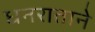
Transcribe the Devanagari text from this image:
धनराताने